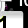
Digit: 1